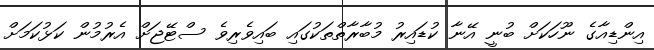
އިންޑިއާގެ ނޫހަކަށް ބުނީ އޭނާ ކުޑައިރު މުބާރާތްތަކުގައި ބައިވެރިވެ ސްޓޭޖަށް އެރުމުން ކަޅުކަމަށް